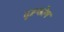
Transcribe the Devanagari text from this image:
दृष्टकोण